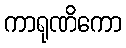
ကာရုဏိကော